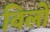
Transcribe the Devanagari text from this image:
विलों